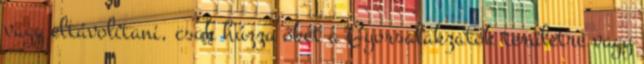
vagy eltávolítani, csak húzza őket a Gyorsalakzatok területre vagy